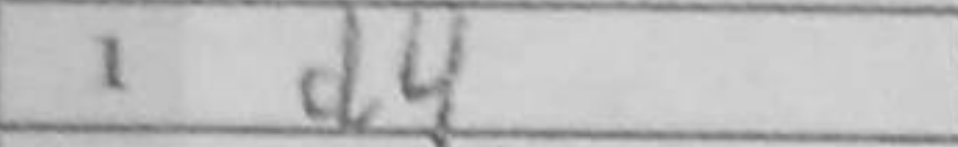
Transcription: d4